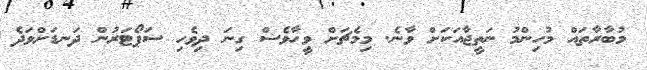
މުބާރާތައް މުހިންމު ނަތީޖާއަކަށް ވާނެ. މިމެޗަށް ވީހާވެސް ގިނަ ދިވެހި ސަޕޯޓަރުން ދަނޑަށްވަދެ